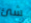
شئ